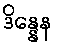
ဒိန္နေန